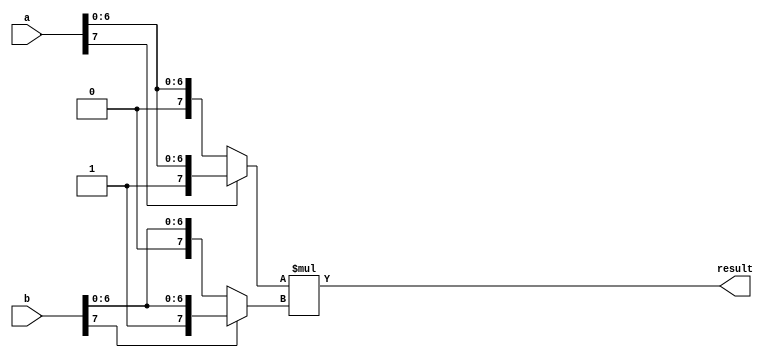
module signed_multiplier (
    input signed [7:0] a,
    input signed [7:0] b,
    output signed [15:0] result
);

reg signed [15:0] partial_product;
reg signed [7:0] multiplier;
reg signed [7:0] multiplicand;

assign multiplier = (a[7]) ? {8'b11111111, a} : a;
assign multiplicand = (b[7]) ? {8'b11111111, b} : b;

always @* begin
    partial_product = multiplier * multiplicand;
end

assign result = partial_product;

endmodule